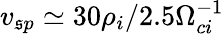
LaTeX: v_{\mathfrak{s}p}\simeq30\rho_{i}/2.5\Omega_{ci}^{-1}